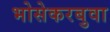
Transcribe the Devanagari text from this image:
भोसेकरबुवा